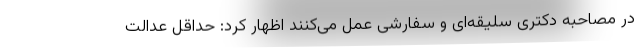
در مصاحبه دکتری سلیقه‌ای و سفارشی عمل می‌کنند اظهار کرد: حداقل عدالت